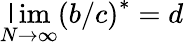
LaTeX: \operatorname*{\mathsf{l}im}_{N\rightarrow\infty}\left(b/c\right)^{\ast}=d